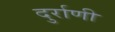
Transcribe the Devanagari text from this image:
दुर्राणी